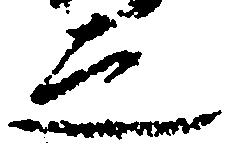
之